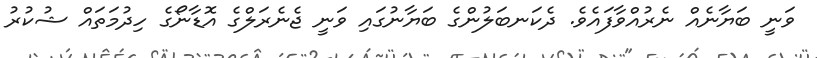
ވަނީ ބަޔާނެއް ނެރުއްވާފައެވެ. ދެކަނބަލުންގެ ބަޔާނުގައި ވަނީ ޖެނެރަލްގެ އޮޑާނޯގެ ހިދުމަތައް ޝުކުރު